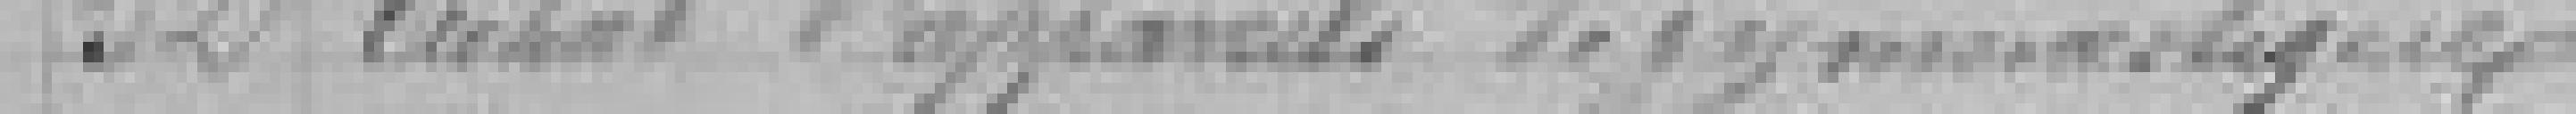
52. Achat d'appareils de Gymnastique